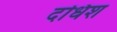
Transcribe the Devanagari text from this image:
दधिश